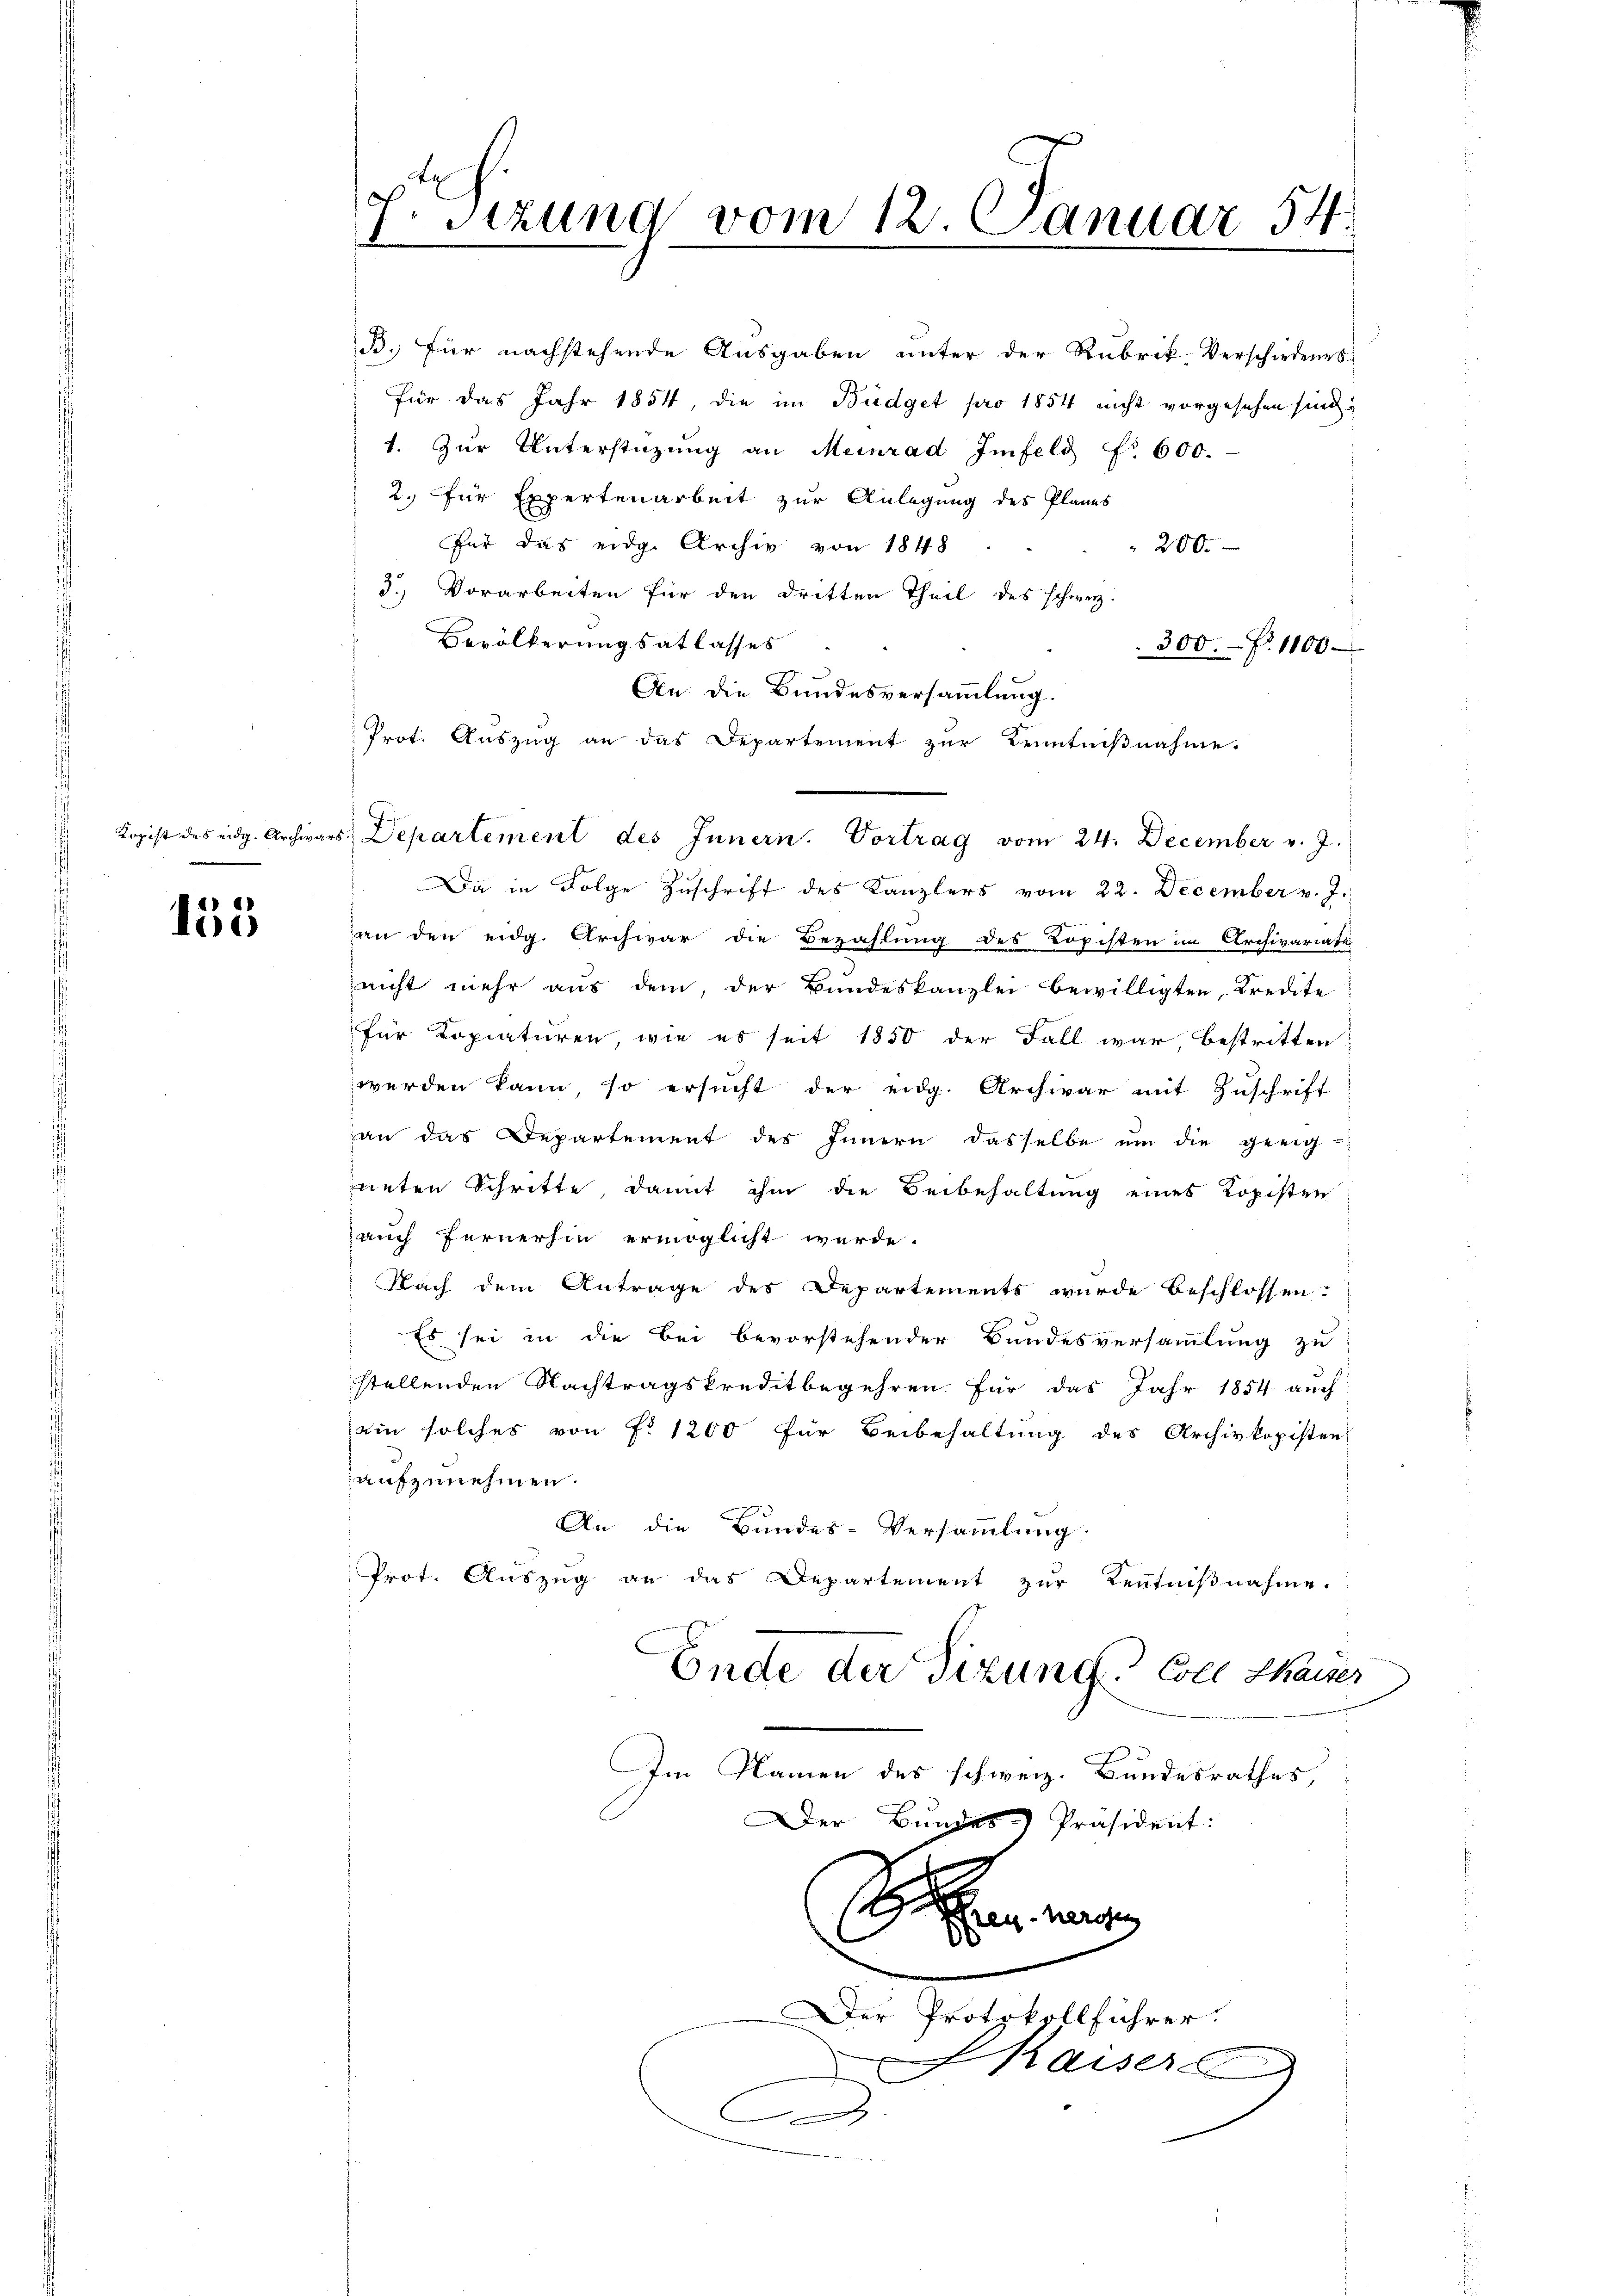
Kopist des eidg. Archiva

155

7. Sitzung vom 12. Januar 54

1. Zur Unterstüzung an Meinrad Imfels No 600.
2. für Expertenarbeit zur Anlegung des Planes
für das eidg. Archiv von 1848
200.
3.) Vorarbeiten für den dritten Theil des schweiz.
Bevölkerungsatlasses
300. P. 1100
An die Bundesversammlung.
Prot. Auszug an das Departement zur Kenntnißnahme.
Da in Folge Zuschrift des Kanzlers vom 22. December v. J.
an den eidg. Archivar die Bezahlung des Lopisten im Archivariate
nicht mehr aus dem, der Bundeskanzlei bewilligten, Kredite
für Kopiaturen wie es seit 1850 der Fall war bestritten
werden kann, so ersucht der eidg. Archivar mit Zuschrift
an das Departement des Innern dasselbe ŭm die geeig-
neten Schritte, damit ihm die Beibehaltung eines Kopisten
auch fernerhin ermöglicht werde.
Nach dem Antrage des Departements wurde beschlossen.
Es sei in die bei bevorstehender Bundesversammlung zu
stellenden Nachtragskreditbegehren für das Jahr 1854. auch
ein solches von f. 1200 für Beibehaltung des Archivkopisten
aufzunehmen.
An die Bundes-Versammlung
Prot. Auszug an das Departement zur Kenntnißnahme.
Ende der Tizung Coll Chaiser
Im Namen des schweiz. Bundesrathes,
Der Bundes-Präsident:
Sr
.
Der Protokollführer.
Kaisers
e

B. für nachstehende Ausgaben unter der Rubrik-Verschiedenes
für das Jahr 1854, die im Büdget pro 1854 nicht vorgesehen sind.

es. Departement des Innern. Vortrag vom 24. December v. J.